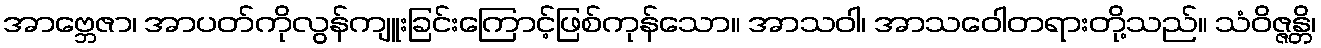
အာဗ္ဘေဇာ၊ အာပတ်ကိုလွန်ကျူးခြင်းကြောင့်ဖြစ်ကုန်သော။ အာသဝါ၊ အာသဝေါတရားတို့သည်။ သံဝိဇ္ဇန္တိ၊